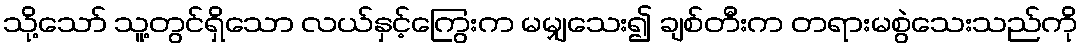
သို့သော် သူ့တွင်ရှိသော လယ်နှင့်ကြွေးက မမျှသေး၍ ချစ်တီးက တရားမစွဲသေးသည်ကို